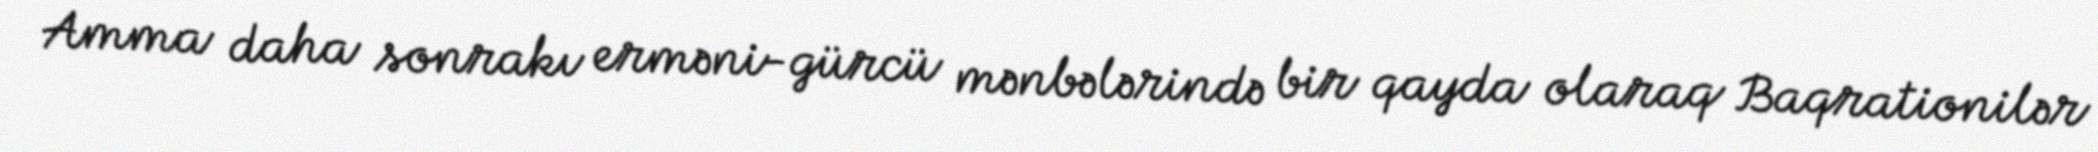
Amma daha sonrakı erməni-gürcü mənbələrində bir qayda olaraq Baqrationilər